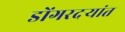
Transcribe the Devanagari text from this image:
डोंगरदर्‍यांत